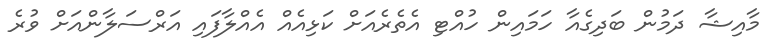
މާއިޝާ ދަމުން ބަދިގެއާ ހަމައިން ހުއްޓި އެތެރެއަށް ކަޅިއެއް އެއްލާފައި އަރްސަލާންއަށް ވުރެ